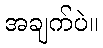
အချက်ပဲ။